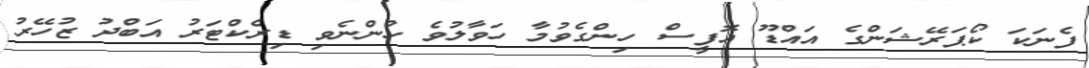
ފެނަކަ ކޯޕަރޭޝަންގެ އައްޑޫ އޮފީސް ހިންގެވުމާ ހަވާލުވެ ހުންނެވި ޑިރެކްޓަރު އަބްދު ޒުހޭރު